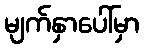
မျက်နှာပေါ်မှာ